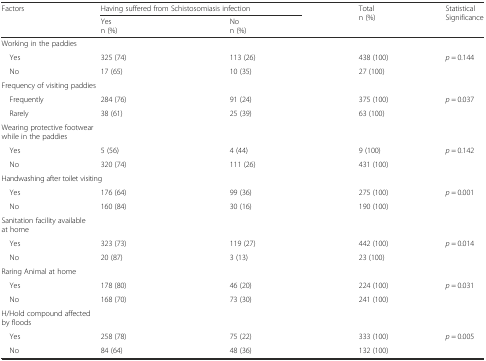
| <ROWSPAN=2> Factors | <COLSPAN=2> Having suffered from Schistosomiasis infection | <ROWSPAN=2> Totaln (%) | <ROWSPAN=2> Statistical Significance |
 | Yesn (%) | Non (%) |
 | --- | --- | --- | --- | --- |
 | <COLSPAN=5> Working in the paddies |
 | Yes | 325 (74) | 113 (26) | 438 (100) | <ROWSPAN=2> p = 0.144 |
 | No | 17 (65) | 10 (35) | 27 (100) |
 | <COLSPAN=5> Frequency of visiting paddies |
 | Frequently | 284 (76) | 91 (24) | 375 (100) | <ROWSPAN=2> p = 0.037 |
 | Rarely | 38 (61) | 25 (39) | 63 (100) |
 | <COLSPAN=5> Wearing protective footwear while in the paddies |
 | Yes | 5 (56) | 4 (44) | 9 (100) | <ROWSPAN=2> p = 0.142 |
 | No | 320 (74) | 111 (26) | 431 (100) |
 | <COLSPAN=5> Handwashing after toilet visiting |
 | Yes | 176 (64) | 99 (36) | 275 (100) | <ROWSPAN=2> p = 0.001 |
 | No | 160 (84) | 30 (16) | 190 (100) |
 | <COLSPAN=5> Sanitation facility available at home |
 | Yes | 323 (73) | 119 (27) | 442 (100) | <ROWSPAN=2> p = 0.014 |
 | No | 20 (87) | 3 (13) | 23 (100) |
 | <COLSPAN=5> Raring Animal at home |
 | Yes | 178 (80) | 46 (20) | 224 (100) | <ROWSPAN=2> p = 0.031 |
 | No | 168 (70) | 73 (30) | 241 (100) |
 | <COLSPAN=5> H/Hold compound affected by floods |
 | Yes | 258 (78) | 75 (22) | 333 (100) | <ROWSPAN=2> p = 0.005 |
 | No | 84 (64) | 48 (36) | 132 (100) |